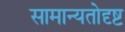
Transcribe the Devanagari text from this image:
सामान्यतोदृष्ट